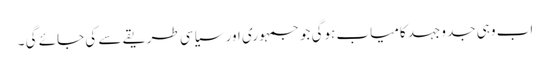
اب وہی جد وجہد کامیاب ہوگی جو جمہوری اور سیاسی طریقے سے کی جائے گی ۔